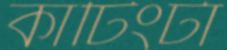
কাটিংটা